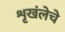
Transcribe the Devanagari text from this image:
शृखंलेचे